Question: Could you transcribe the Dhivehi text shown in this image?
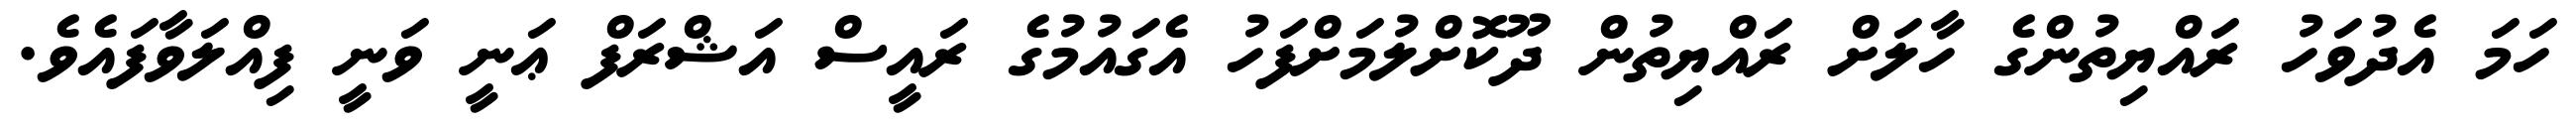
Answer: ހަމަ އެދުވަހު ރައްޔިތުންގެ ހާލަށް ރައްޔިތުން ދޫކޮށްލުމަށްފަހު އެގައުމުގެ ރައީސް އަޝްރަފް ޢަނީ ވަނީ ފިއްލަވާފައެވެ.